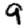
Digit: 9